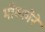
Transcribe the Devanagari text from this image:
मॉस्कोने